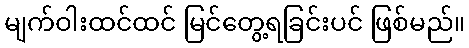
မျက်ဝါးထင်ထင် မြင်တွေ့ရခြင်းပင် ဖြစ်မည်။